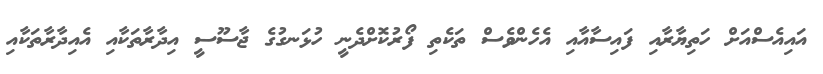
އައިއެސްއަށް ހަތިޔާރާއި ފައިސާއާއި އެހެންވެސް ތަކެތި ފޯރުކޮށްދެނީ ހުޅަނގުގެ ޖާސޫސީ އިދާރާތަކާއި އެއިދާރާތަކާއި